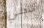
التحلي